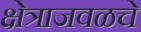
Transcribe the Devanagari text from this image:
क्षेत्राजवळचे